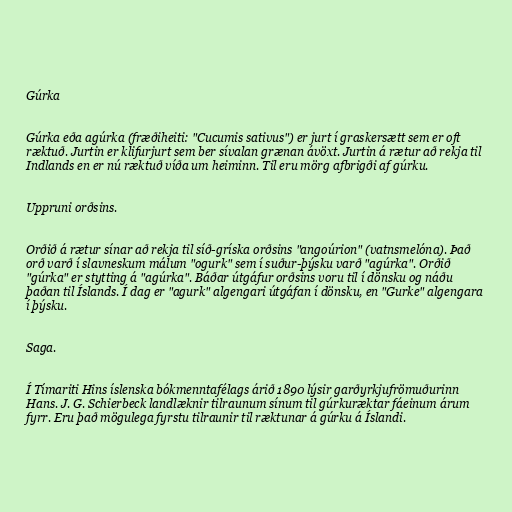
Gúrka

Gúrka eða agúrka (fræðiheiti: "Cucumis sativus") er jurt í graskersætt sem er oft
ræktuð. Jurtin er klifurjurt sem ber sívalan grænan ávöxt. Jurtin á rætur að rekja til
Indlands en er nú ræktuð víða um heiminn. Til eru mörg afbrigði af gúrku.

Uppruni orðsins.

Orðið á rætur sínar að rekja til síð-gríska orðsins "angoúrion" (vatnsmelóna). Það
orð varð í slavneskum málum "ogurk" sem í suður-þýsku varð "agúrka". Orðið
"gúrka" er stytting á "agúrka". Báðar útgáfur orðsins voru til í dönsku og náðu
þaðan til Íslands. Í dag er "agurk" algengari útgáfan í dönsku, en "Gurke" algengara
í þýsku.

Saga.

Í Tímariti Hins íslenska bókmenntafélags árið 1890 lýsir garðyrkjufrömuðurinn
Hans. J. G. Schierbeck landlæknir tilraunum sínum til gúrkuræktar fáeinum árum
fyrr. Eru það mögulega fyrstu tilraunir til ræktunar á gúrku á Íslandi.